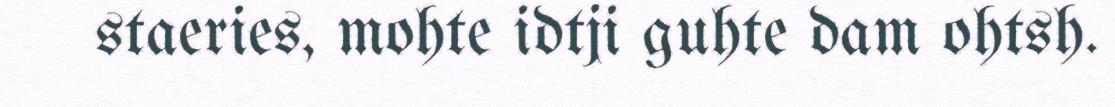
staeries, mohte idtji guhte dam ohtsh.